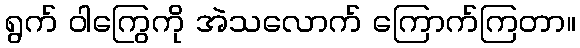
ရွက် ဝါကြွေကို အဲသလောက် ကြောက်ကြတာ။